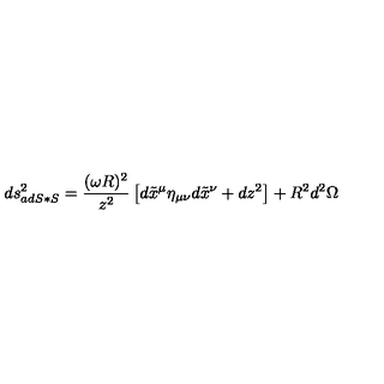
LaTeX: d s _ { a d S * S } ^ { 2 } = { \frac { ( \omega R ) ^ { 2 } } { z ^ { 2 } } } \left[ d \tilde { x } ^ { \mu } \eta _ { \mu \nu } d \tilde { x } ^ { \nu } + d z ^ { 2 } \right] + R ^ { 2 } d ^ { 2 } \Omega